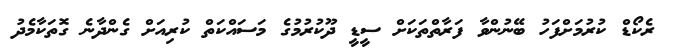
ރެކޯޑް ކުރުމަށްފަހު ބޭނުންވާ ފަރާތްތަކަށް ސީޑީ ދޫކުރުމުގެ މަސައްކަތް ކުރިއަށް ގެންދާނެ ގޮތަކާމެދު